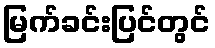
မြက်ခင်းပြင်တွင်